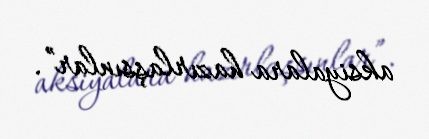
aksiyalara hazırlaşsınlar”.